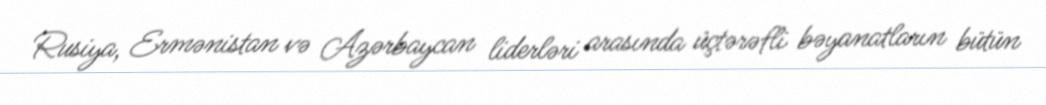
Rusiya, Ermənistan və Azərbaycan liderləri arasında üçtərəfli bəyanatların bütün